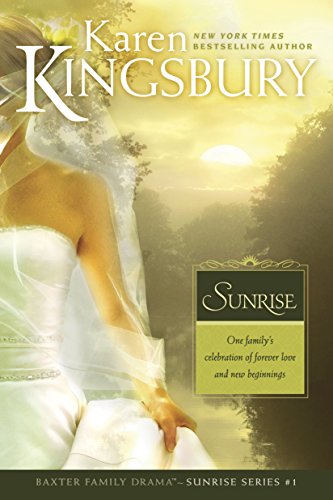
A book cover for Sunrise (Sunrise Series-Baxter 3, Book 1); Karen Kingsbury; Literature & Fiction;